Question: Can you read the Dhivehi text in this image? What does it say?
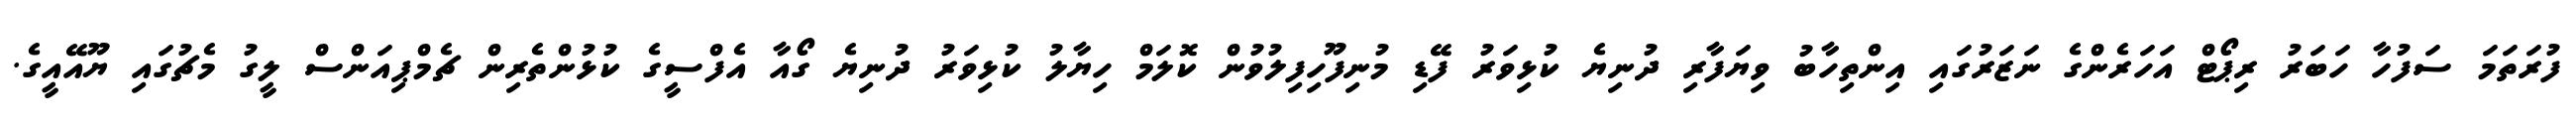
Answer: ފުރަތަމަ ސަފުހާ ހަބަރު ރިޕޯޓް އަހަރެންގެ ނަޒަރުގައި އިންތިހާބު ވިޔަފާރި ދުނިޔެ ކުޅިވަރު ފޭޑި މުނިފޫހިފިލުވުން ކޮލަމް ހިޔާލު ކުޅިވަރު ދުނިޔެ ގޯއާ އެފްސީގެ ކުޅުންތެރިން ޗެމްޕިއަންސް ލީގު މެޗުގައި ޔޫއޭއީގެ.